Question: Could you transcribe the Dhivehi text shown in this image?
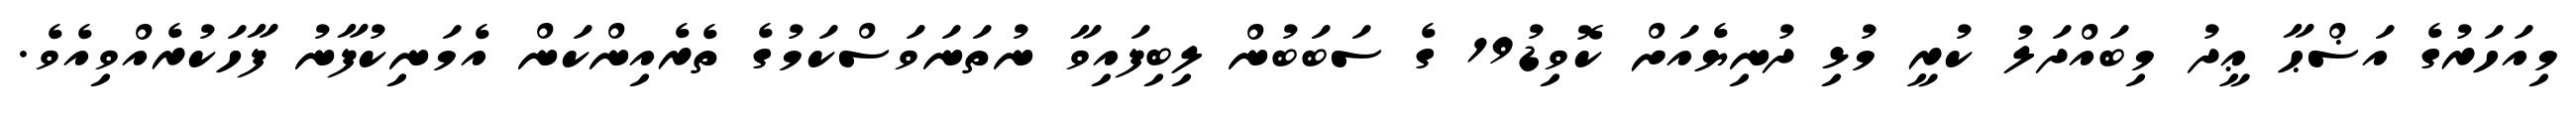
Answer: މިއަހަރުގެ އަޟްޙާ ޢީދު މިބައްދަލު ކުރީ މުޅި ދުނިޔެއަށް ކޮވިޑު19 ގެ ސަބަބުން ލިބިފައިވާ ނުތަނަވަސްކަމުގެ ތެރެއިންކަން އެމަނިކުފާނު ފާހަކުރެއްވިއެވެ.